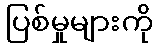
ပြစ်မှုများကို